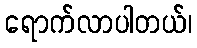
ရောက်လာပါတယ်၊